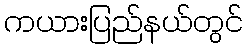
ကယားပြည်နယ်တွင်